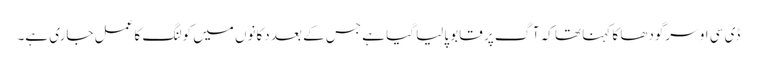
ڈی سی او سرگودھا کا کہنا تھا کہ آگ پر قابو پالیا گیا ہے جس کے بعد دکانوں میں کولنگ کا عمل جاری ہے۔